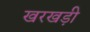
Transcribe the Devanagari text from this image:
खरखड़ी